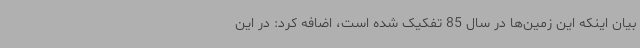
بیان اینکه این زمین‌ها در سال 85 تفکیک شده است، اضافه کرد: در این